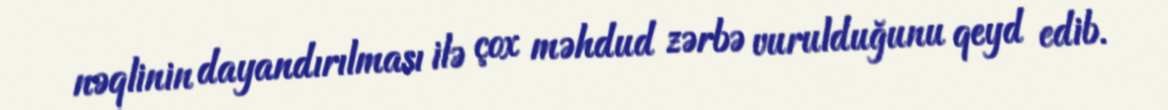
nəqlinin dayandırılması ilə çox məhdud zərbə vurulduğunu qeyd edib.